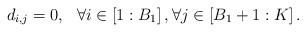
LaTeX: \begin{align*}\begin{aligned}d_{i,j}=0, ~~ \forall i\in\left[1:B_{1}\right], \forall j\in\left[B_{1}+1:K\right].\end{aligned}\end{align*}